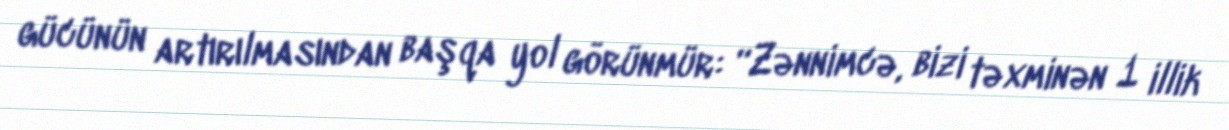
gücünün artırılmasından başqa yol görünmür: “Zənnimcə, bizi təxminən 1 illik